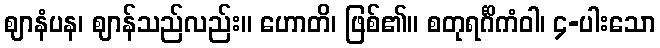
ဈာနံပန၊ ဈာန်သည်လည်း။ ဟောတိ၊ ဖြစ်၏။ စတုရင်္ဂိကံဝါ၊ ၄-ပါးသော